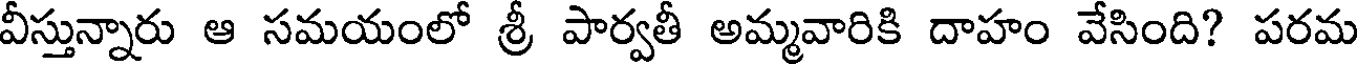
వీస్తున్నారు ఆ సమయంలో శ్రీ పార్వతీ అమ్మవారికి దాహం వేసింది? పరమ